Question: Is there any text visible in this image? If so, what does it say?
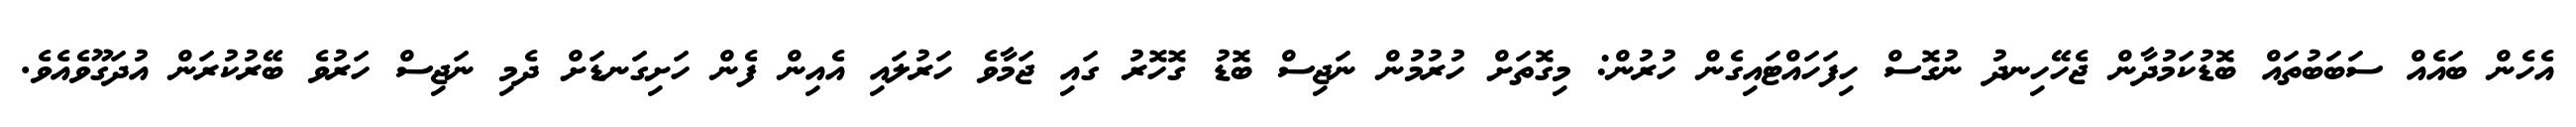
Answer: އެހެން ބައެއް ސަބަބުތައް ބޮޑުކަމުދާން ޖެހޭހިނދު ނުގޮސް ހިފަހައްޓައިގެން ހުރުން: މިގޮތަށް ހުރުމުން ނަޖިސް ބޮޑު ގޮހޮރު ގައި ޖަމާވެ ހަރުލައި އެއިން ފެން ހަށިގަނޑަށް ދެމި ނަޖިސް ހަރުވެ ބޭރުކުރަން އުދަގޫވެއެވެ.